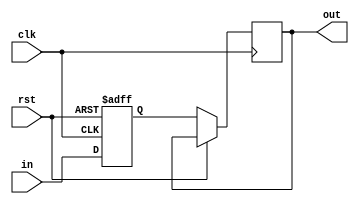
module synch(input clk, rst, in, output out);
reg out, q1,q2;
always@(posedge clk, posedge rst) begin
 if(rst == 1'b1) begin
 q1 <= 0;
 q2 <= 0;
 end
 else begin
 q1 <= in;
 out <= q1;
 end
end
endmodule